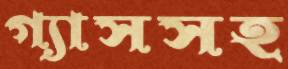
গ্যাসসহ